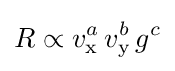
R\propto v_{\text{x}}^{a}\,v_{\text{y}}^{b}\,g^{c}